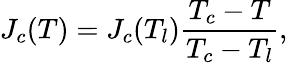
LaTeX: J_{c}(T)=J_{c}(T_{l})\frac{T_{c}-T}{T_{c}-T_{l}},